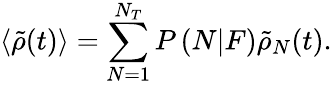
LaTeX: \left\langle\tilde{\rho}(t)\right\rangle=\sum_{N=1}^{N_{T}}P\left(N|F\right)\tilde{\rho}_{N}(t).